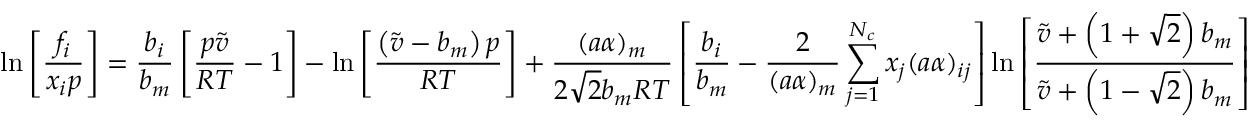
\ln { \left[ \frac { f _ { i } } { x _ { i } p } \right] } = \frac { b _ { i } } { b _ { m } } \left[ \frac { p \tilde { v } } { R T } - 1 \right] - \ln { \left[ \frac { \left( \tilde { v } - b _ { m } \right) p } { R T } \right] } + \frac { ( a \alpha ) _ { m } } { 2 \sqrt { 2 } b _ { m } R T } \left[ \frac { b _ { i } } { b _ { m } } - \frac { 2 } { ( a \alpha ) _ { m } } \sum _ { j = 1 } ^ { N _ { c } } x _ { j } ( a \alpha ) _ { i j } \right] \ln { \left[ \frac { \tilde { v } + \left( 1 + \sqrt { 2 } \right) b _ { m } } { \tilde { v } + \left( 1 - \sqrt { 2 } \right) b _ { m } } \right] }